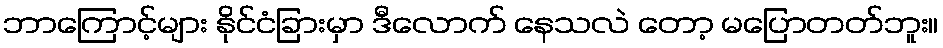
ဘာကြောင့်များ နိုင်ငံခြားမှာ ဒီလောက် နေသလဲ တော့ မပြောတတ်ဘူး။